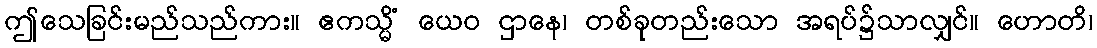
ဤသေခြင်းမည်သည်ကား။ ဧကသ္မိံ ယေဝ ဌာနေ၊ တစ်ခုတည်းသော အရပ်၌သာလျှင်။ ဟောတိ၊